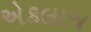
એકલાજ